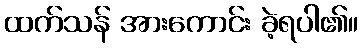
ထက်သန် အားကောင်း ခဲ့ရပါ၏။